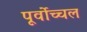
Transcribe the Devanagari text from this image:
पूर्वोच्चल